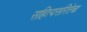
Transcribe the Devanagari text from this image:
सहित्यसरितेचा